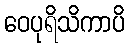
ဝေပုရိသိကာပိ